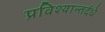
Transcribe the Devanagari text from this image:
प्रविश्यान्तर्दधे